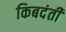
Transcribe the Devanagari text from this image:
किबदंती